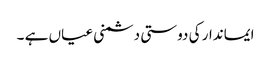
ایماندار کی دوستی دشمنی عیاں ہے ۔